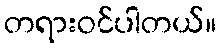
တရားဝင်ပါတယ်။